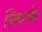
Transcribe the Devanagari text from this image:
क्विर्क